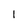
Character: 1